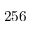
2 5 6